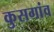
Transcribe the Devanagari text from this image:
कुसगांव